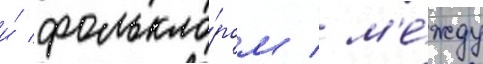
и́ фолькло́ром / м'е́жду